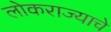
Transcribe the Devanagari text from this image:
लोकराज्याचे